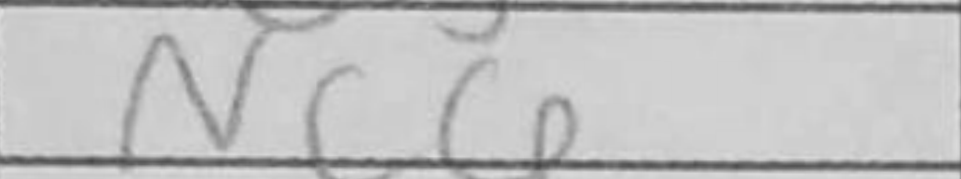
Transcription: Nc6